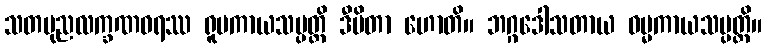
သတပုညလက္ခဏဓရဿ ရူပကာယသမ္ပတ္တိ ဒီပိတာ ဟောတိ။ ဘဂ္ဂဒေါသတာယ ဓမ္မကာယသမ္ပတ္တိ။